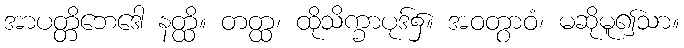
အာပတ္တိဘေဒေါ နတ္ထိ။ တတ္ထ၊ ထိုသိက္ခာပုဒ်၌။ အဝတွာဝံ၊ မဆိုမူ၍သာ။